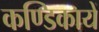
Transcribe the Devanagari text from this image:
कण्डिकायें